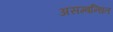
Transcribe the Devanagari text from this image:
असम्बन्धित